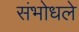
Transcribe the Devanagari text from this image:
संभोधले